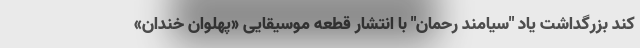
کند بزرگداشت یاد "سیامند رحمان" با انتشار قطعه موسیقایی «پهلوان خندان»